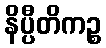
နိပ္ပီတိကဉ္စ